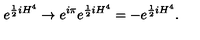
e ^ { \frac { 1 } { 2 } i H ^ { 4 } } \rightarrow e ^ { i \pi } e ^ { \frac { 1 } { 2 } i H ^ { 4 } } = - e ^ { \frac { 1 } { 2 } i H ^ { 4 } } .